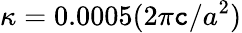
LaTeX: \kappa=0.0005(2\pi\mathtt{c}/a^{2})